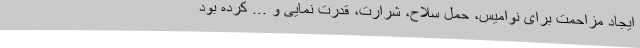
ایجاد مزاحمت برای نوامیس، حمل سلاح، شرارت، قدرت نمایی و ... کرده بود